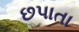
છપાતા